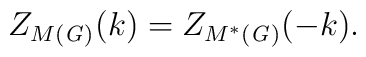
Z_{M(\mathit{G)}}(k)=Z_{M^{\ast }(\mathit{G)}}(-k).